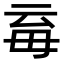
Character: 𣫱